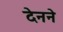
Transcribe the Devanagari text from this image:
देनने